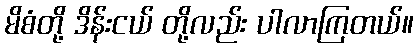
မိစံတို့ ဒိန်းငယ် တို့လည်း ပါလာကြတယ်။